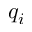
q _ { i }